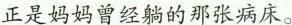
正是妈妈曾经躺的那张病床。